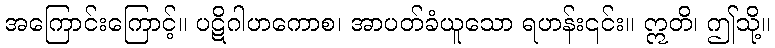
အကြောင်းကြောင့်။ ပဋိဂါဟကောစ၊ အာပတ်ခံယူသော ရဟန်း၎င်း။ ဣတိ၊ ဤသို့။